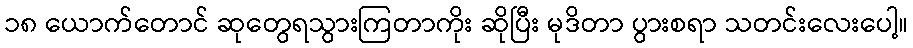
၁၈ ယောက်တောင် ဆုတွေရသွားကြတာကိုး ဆိုပြီး မုဒိတာ ပွားစရာ သတင်းလေးပေါ့။